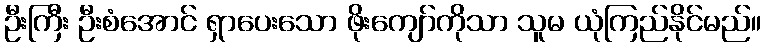
ဦးကြီး ဦးစံအောင် ရှာပေးသော ဖိုးကျော်ကိုသာ သူမ ယုံကြည်နိုင်မည်။